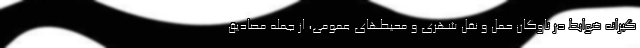
‌گیرانه ضوابط در ناوگان حمل و نقل شهری و محیطهای عمومی، از جمله مصادیق